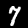
Digit: 7